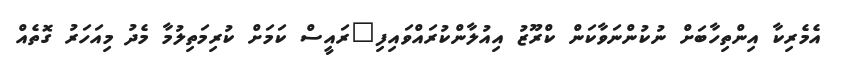
އެމެރިކާ އިންތިހާބަށް ނުކުންނަވާކަން ކްރޫޒު އިއުލާންކުރައްވައިފި"ރައީސް ކަމަށް ކުރިމަތިލުމާ މެދު މިއަހަރު ގޮތެއް